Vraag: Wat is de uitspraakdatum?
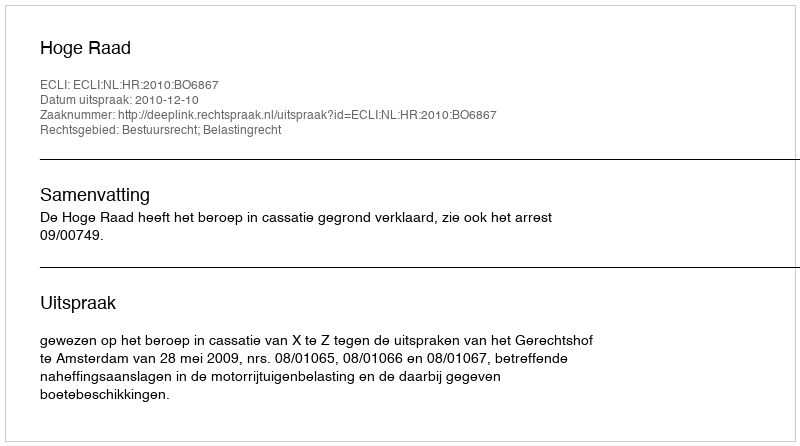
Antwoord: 2010-12-10